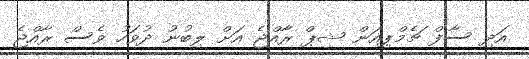
އަދި ސާފް ޗެމްޕިއަން ޝިޕް ރާއްޖެ އަށް ލިބުނު ދުވަހު ވެސް ރާއްޖެ